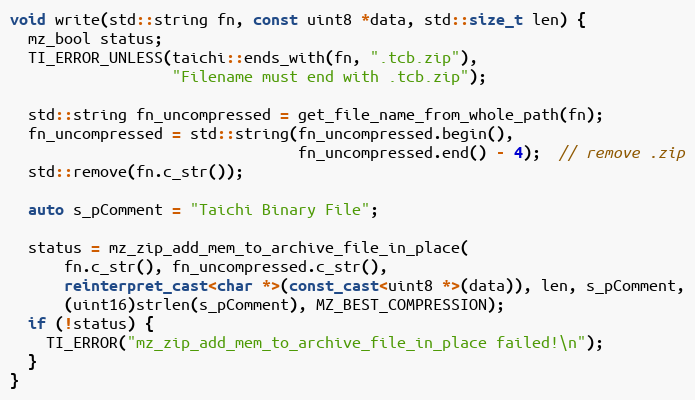
Language: C++
void write(std::string fn, const uint8 *data, std::size_t len) {
  mz_bool status;
  TI_ERROR_UNLESS(taichi::ends_with(fn, ".tcb.zip"),
                  "Filename must end with .tcb.zip");

  std::string fn_uncompressed = get_file_name_from_whole_path(fn);
  fn_uncompressed = std::string(fn_uncompressed.begin(),
                                fn_uncompressed.end() - 4);  // remove .zip
  std::remove(fn.c_str());

  auto s_pComment = "Taichi Binary File";

  status = mz_zip_add_mem_to_archive_file_in_place(
      fn.c_str(), fn_uncompressed.c_str(),
      reinterpret_cast<char *>(const_cast<uint8 *>(data)), len, s_pComment,
      (uint16)strlen(s_pComment), MZ_BEST_COMPRESSION);
  if (!status) {
    TI_ERROR("mz_zip_add_mem_to_archive_file_in_place failed!\n");
  }
}